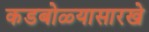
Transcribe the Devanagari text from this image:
कडबोळ्यासारखे